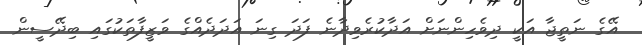
އޭގެ ނަތީޖާ އަކީ ދިވެހިންނަށް އަދާކުރެވިދާނެ ފަދަ ގިނަ އަދަދެއްގެ ވަޒީފާތަކުގައި ބިދޭސީން